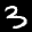
Label: 3